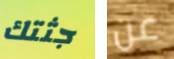
جثتك عن